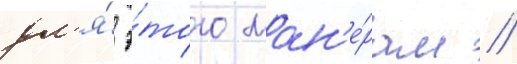
дл'я́ э́того ман'е́рам //